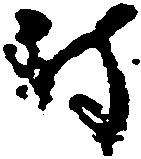
時